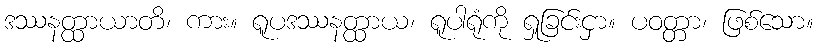
ဒဿနတ္ထာယာတိ၊ ကား။ ရူပဒဿနတ္ထာယ၊ ရူပါရုံကို ရှုခြင်းငှာ။ ပဝတ္တာ၊ ဖြစ်သော။